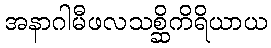
အနာဂါမီဖလသစ္ဆိကိရိယာယ